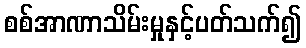
စစ်အာဏာသိမ်းမှုနှင့်ပတ်သက်၍